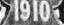
1910